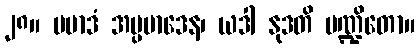
၂၈။ ပမာဒံ အပ္ပမာဒေန၊ ယဒါ နုဒတိ ပဏ္ဍိတော။